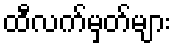
ထီလက်မှတ်များ